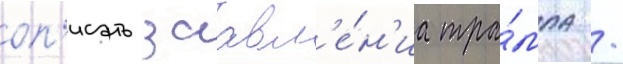
оп'исать заавл'е́н'иа тра́мпа /